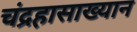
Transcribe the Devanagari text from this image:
चंद्रहासाख्यान